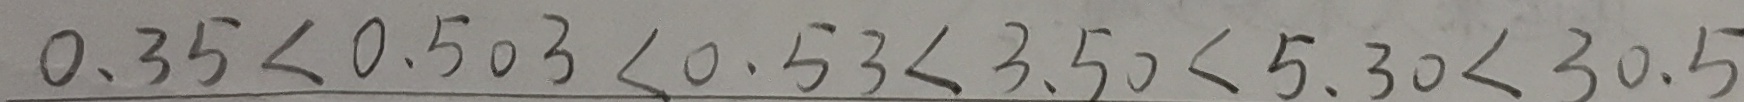
0 . 3 5 < 0 . 5 0 3 < 0 . 5 3 < 3 . 5 0 < 5 . 3 0 < 3 0 . 5